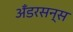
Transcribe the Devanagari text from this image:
अँडरसन्स